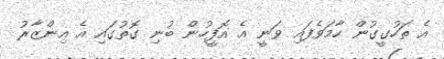
އެ ތަހުގީގުން ހާމަވެފައި ވަނީ އެ އޮފީހުން ބުނި ގޮތުގައި އެ އިންޒާރު